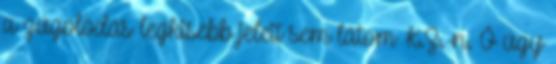
a zúgolódás legkisebb jeleit sem látom K.Z.-n. Ő úgy